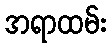
အရာထမ်း